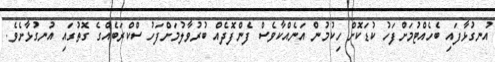
އުނގުޅާފައި ބެހެއްޓުމަށްފަހު ކުޑަކޮށް ހިކުމުން އަނެއްކާވެސް ފެންފޮދެއް ބުރުވާލުމަށްފަހު ސްކްރަބެއްގެ ގޮތުގައި އުނގުޅާށެވެ.